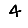
Digit: 4